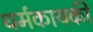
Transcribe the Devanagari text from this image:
धर्मकायकी